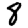
Digit: 8